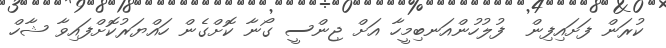
ކުރަން ފަށައިފިން  ފުލުހުންއަނބިމީހާ އަށް ޖިންސީ ގޯނާ ކޮށްގެން ހައްޔަރުކޮށްފައިވާ ޝާހް